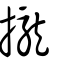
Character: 攏